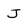
Character: J